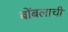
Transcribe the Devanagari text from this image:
बोंबलाची